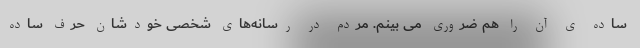
ساده ی آن را هم ضروری می بینم. مردم در رسانه‌های شخصی خودشان حرف ساده